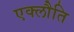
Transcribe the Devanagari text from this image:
एक्लौति